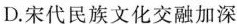
D.宋代民族文化交融加深